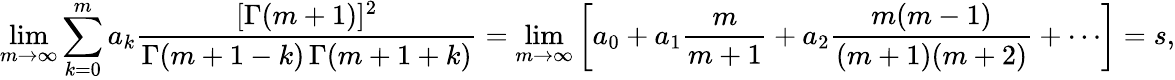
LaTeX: \operatorname*{lim}_{m\rightarrow\infty}\sum_{k=0}^{m}a_{k}{\frac{[\Gamma(m+1)]^{2}}{\Gamma(m+1-k)\, \Gamma(m+1+k)}}=\operatorname*{lim}_{m\rightarrow\infty}\left[a_{0}+a_{1}{\frac{m}{m+1}}+a_{2}{\frac{m(m-1)}{(m+1)(m+2)}}+\cdots\right]=s,